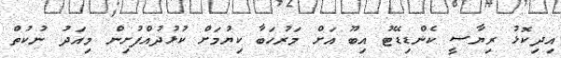
އިދިކޮޅު ރިިޔާސީ ކެންޑިޑޭޓު އިބޫ އަށް މަރުހަބާ ކިޔުމަށް ކުޅުދުއްފުށިން މިއަދު ނުކުތް